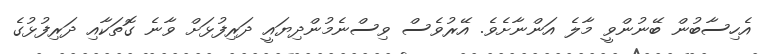
އެހިސާބުން ބޭނުންވީ މާލެ އަންނާށެވެ. އޭރުވެސް ވިސްނެމުންދިޔައީ ދަރިފުޅަށް ވާނެ ގޮތަކާއި ދަރިފުޅުގެ